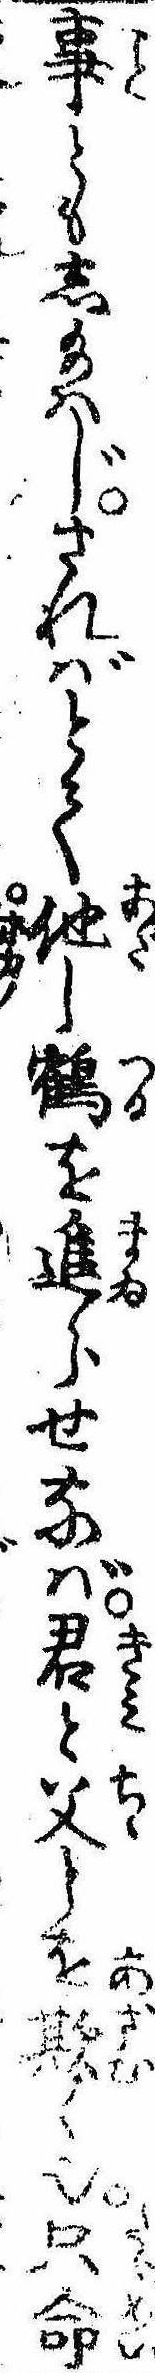
事ともし給はじさればとて他し鶴を進らせなば君と父とを欺く也只命